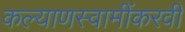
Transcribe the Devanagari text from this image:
कल्याणस्वामींकरवी